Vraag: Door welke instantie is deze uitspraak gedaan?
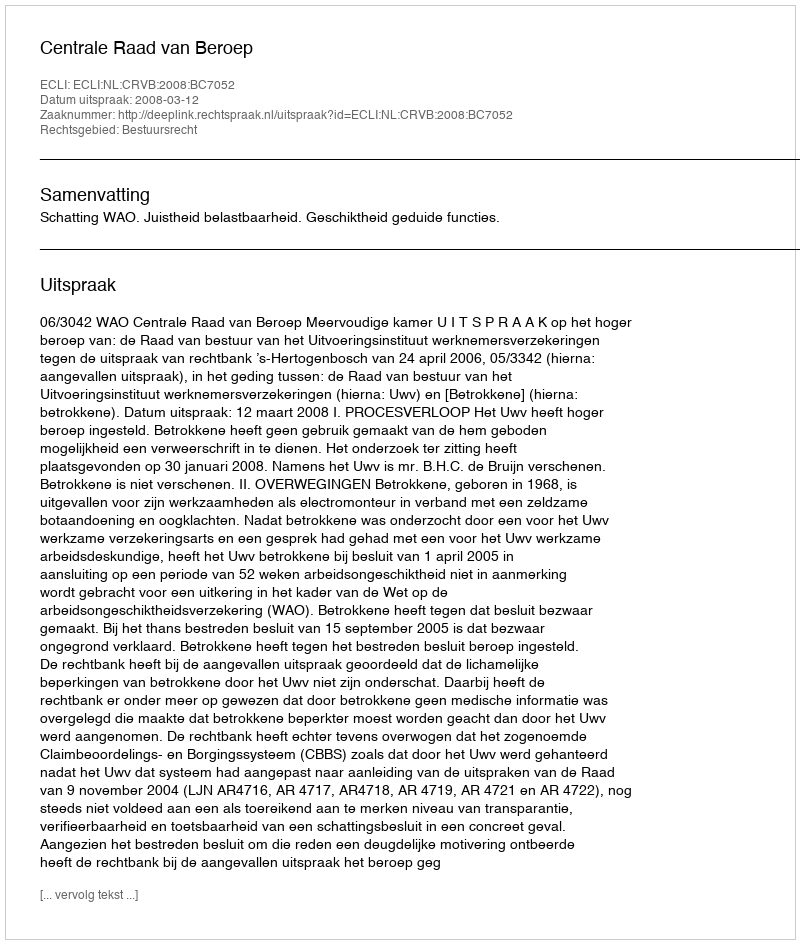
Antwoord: Centrale Raad van Beroep